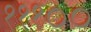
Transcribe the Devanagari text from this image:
१११००